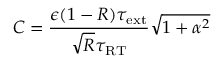
C = \frac { \epsilon ( 1 - R ) \tau _ { \mathrm { e x t } } } { \sqrt { R } \tau _ { \mathrm { R T } } } \sqrt { 1 + \alpha ^ { 2 } }